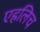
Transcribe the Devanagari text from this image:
एह्रलिच